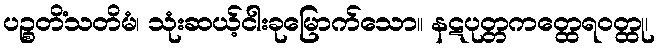
ပဉ္စတိံသတိမံ၊ သုံးဆယ့်ငါးခုမြောက်သော။ နဋပုတ္တကတ္ထေရဝတ္ထု၊